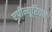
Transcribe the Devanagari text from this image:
एपीन्यूरियम